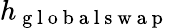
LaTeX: h_{\mathrm{~g~l~o~b~a~l~s~w~a~p~}}